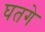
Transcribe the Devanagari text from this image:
घतगे